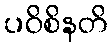
ပဝိစိနတိ